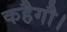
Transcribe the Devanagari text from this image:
कहैगौ।